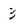
Character: 3